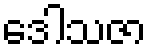
ဒေါသဇာ